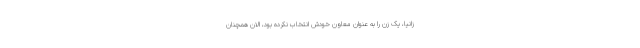
زانیا، یک زن را به عنوان معاون خودش انتخاب نکرده بود، الان همچنان